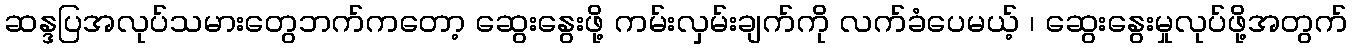
ဆန္ဒပြအလုပ်သမားတွေဘက်ကတော့ ဆွေးနွေးဖို့ ကမ်းလှမ်းချက်ကို လက်ခံပေမယ့် ၊ ဆွေးနွေးမှုလုပ်ဖို့အတွက်